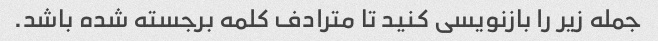
جمله زیر را بازنویسی کنید تا مترادف کلمه برجسته شده باشد.